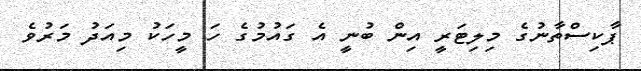
ޕާކިސްތާނުގެ މިލިޓަރީ އިން ބުނީ އެ ގައުމުގެ ހަ މީހަކު މިއަދު މަރުވެ